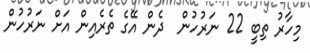
މިހާރު ތިބީ 22 ނަރުހުން  ދެން އޭގެ ތެރެއިން އަށް ނަރުހުން